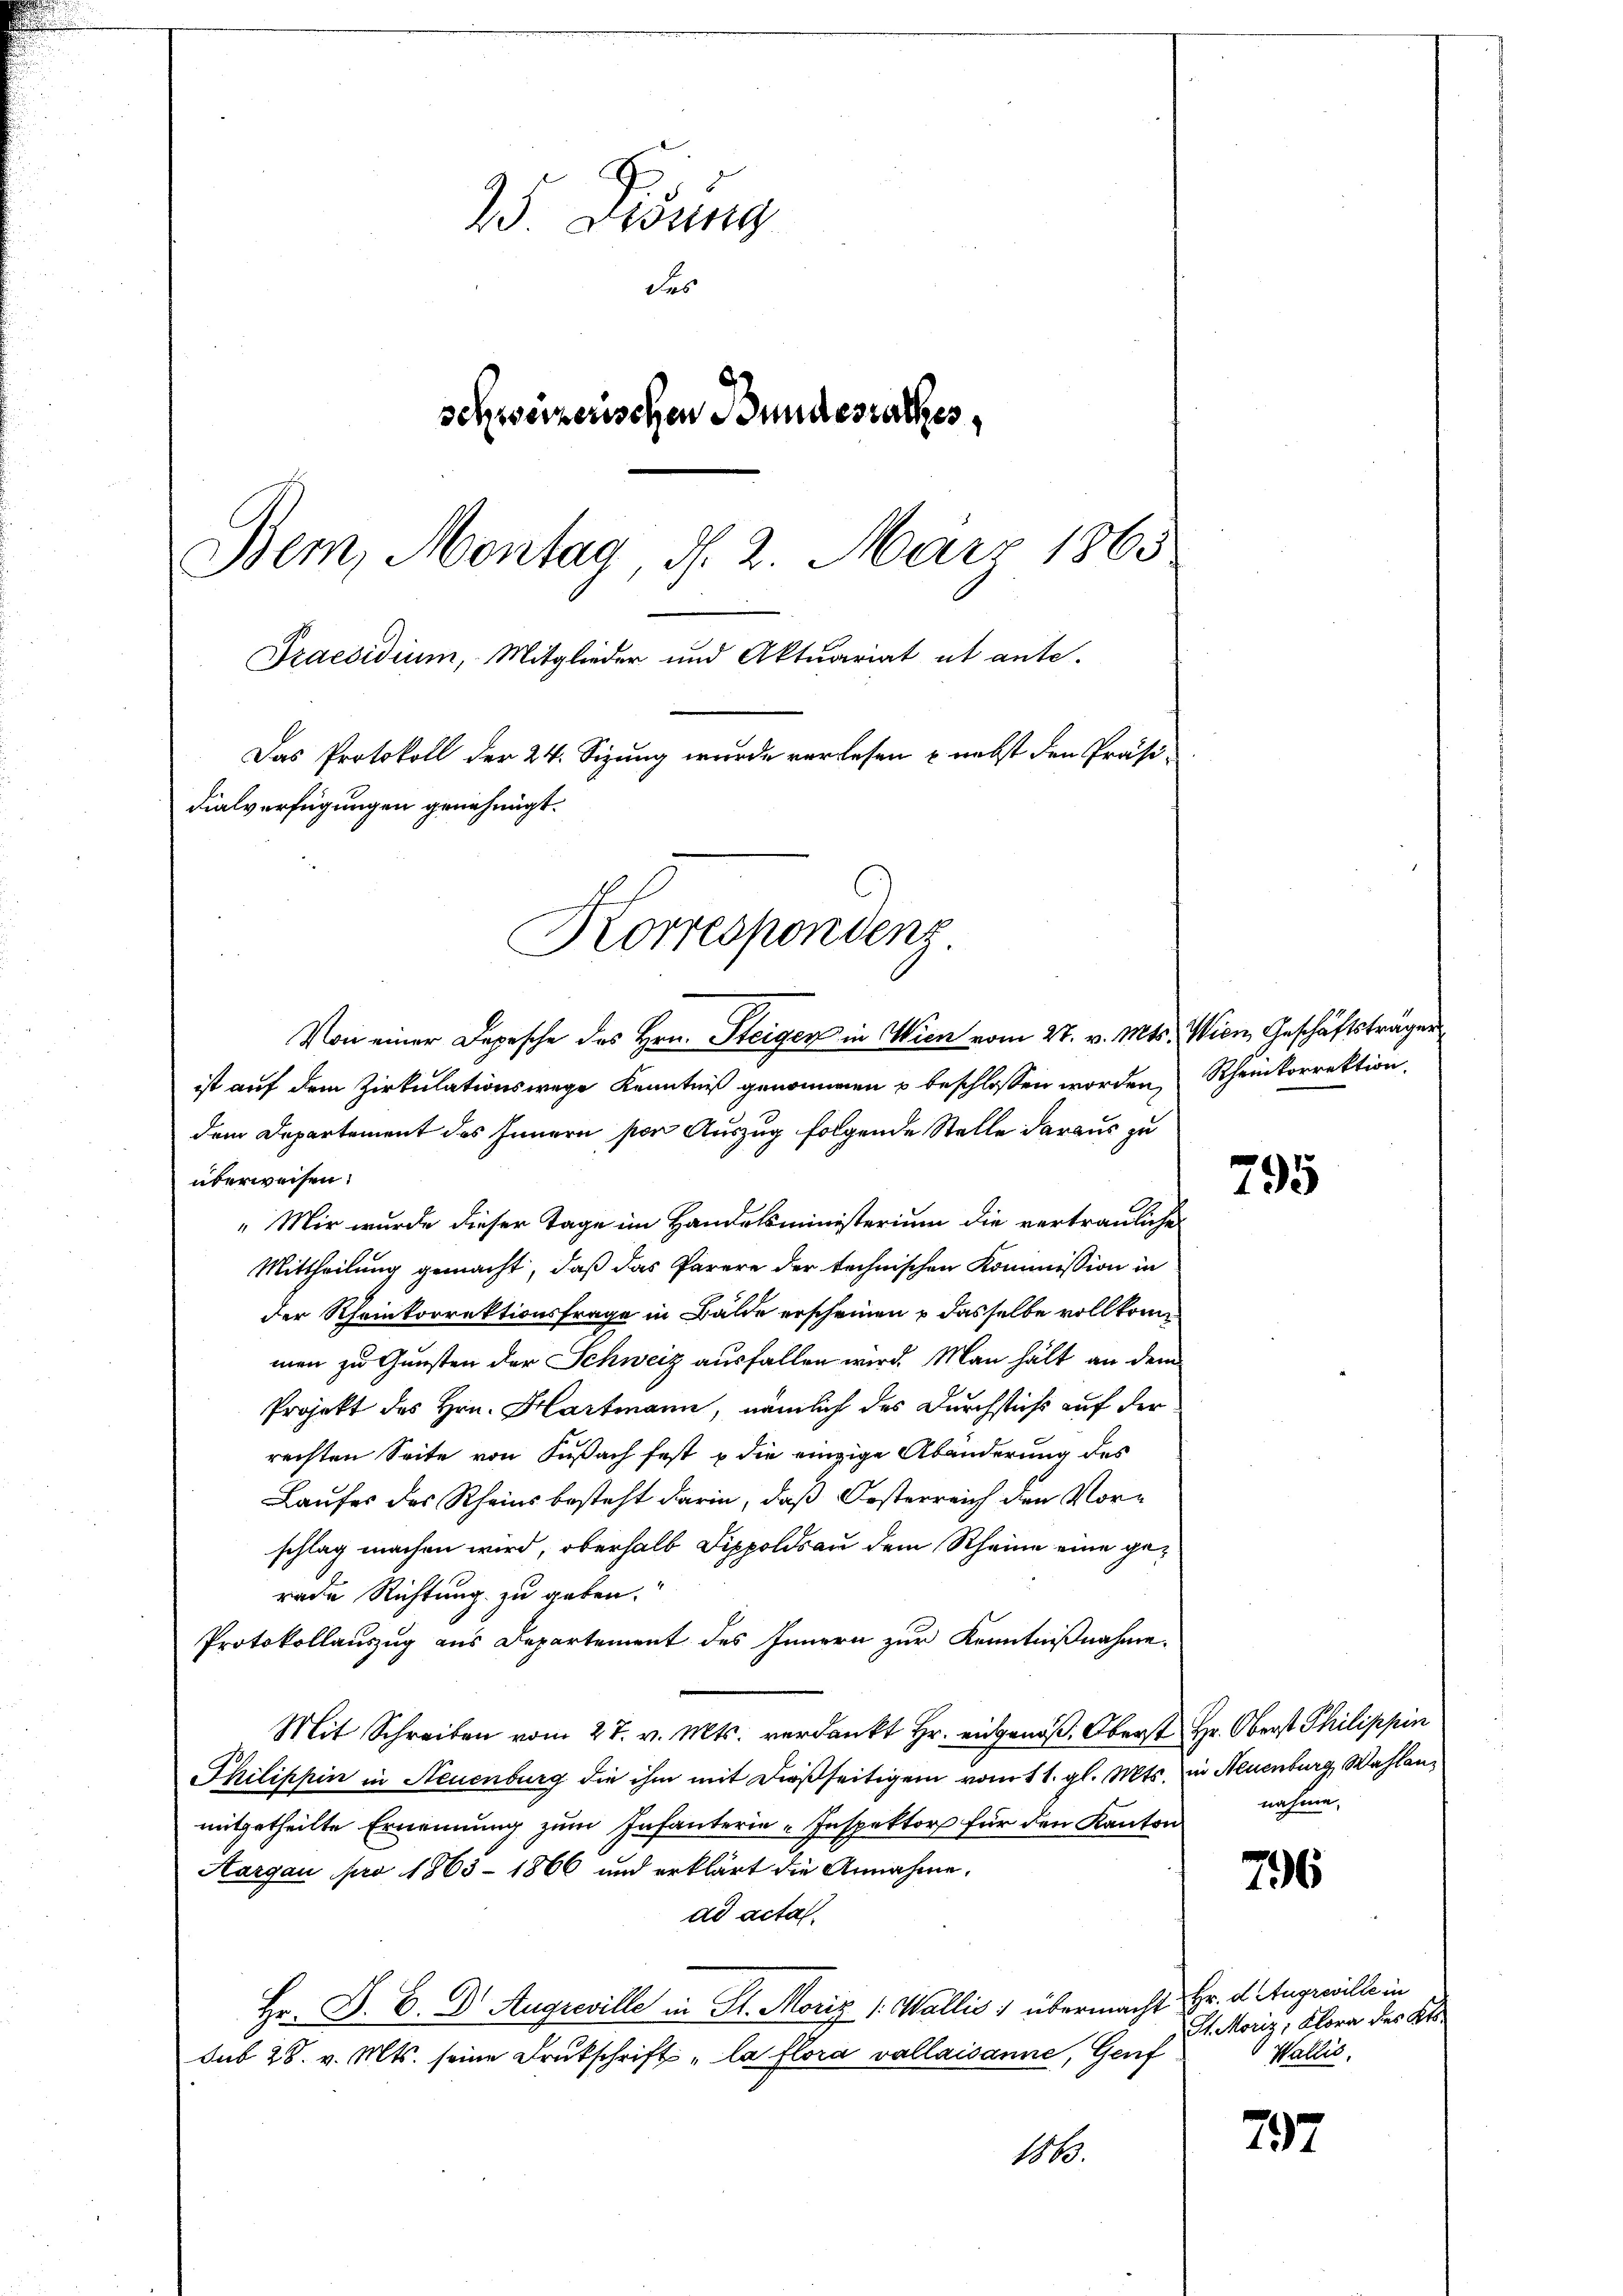
2 Visung
des
schweizerischen Bundesrathes,
Bem, Montag, d. 2. März 1865
Praesidium, Mitglieder und Aktuariat et ante-
Das Protokoll der 24. Sizung wurde verlesen & nebst den Präsi-
dialverfügungen genehmigt.
Korrespondenz

Von einer Depesche des Hrn. Steiger in Wien vom 27. v. Mts. Wien, Geschäftsträger

ist auf dem Zirkulationswege Kenntniß genommen u beschlossen worden, Rheinkorrektion,
dem Departement des Innern von Auszug folgende Stelle daraus zu
überweisen.
" Mir wurde dieser Tage im Handelsministerium die vertrauliche
Mittheilung gemacht, daß das Parere der technischen Kommission in
der Rheinkorrektionsfrage in Bälde erscheinen u dasselbe vollkommen zu Gunsten der Schweiz ausfallen wird. Man hält an dem
Projekt des Hrn. Hartmann, nämlich des Durchstich auf der
rechten Seite von Fußach fest u die einzige Abänderung des
Laufes des Rheinsbesteht darin, daß Oesterreich den Vorschlag machen wird, oberhalb Dippoldsau dem Rheine eine gerade Richtung zu geben.
Protokollauszug aus Departement des Innern zur Kenntnißnahme.
Mit Schreiben vom 27. v. Mts. verdankt Hr. eidgenöß. Oberst Hr. Oberst Philippin
Philippin in Neuenburg die ihm mit dießseitigem vom 11. gl. Mts. in Neuenburg, Wahlenmitgetheilte Ernennung zum Infanterie-Inspektors für den Kanton
Aargau pro 1863 - 1866 und erklärt die Annahme.
ad acta.
Hr. P. C. Dr. Augseville in St. Moriz /: Wallis 1 übermacht Hr. d. Angewille in
Sub 28. v. Mts. seine Drukschrift „la flora vallaisanne, Genf
1810.

795

nahme,

796

St. Moriz, Klora des Kts.
Wallis,

797